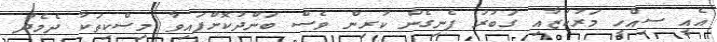
އެއީ ސިއްހީ މަރުކަޒާއި ގަބުރު ފެނިގެން ކުރިން ވެސް ބަންދުކޮށްފައިވާ މިސްކިތަކާ ދެމެދު